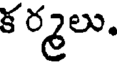
క ర్మలు.